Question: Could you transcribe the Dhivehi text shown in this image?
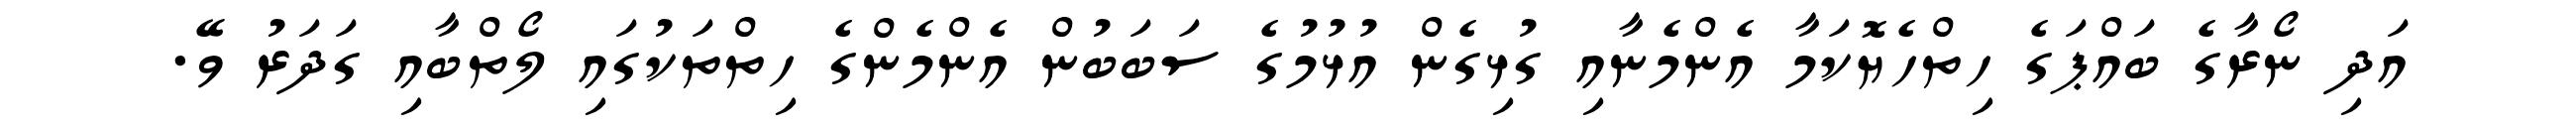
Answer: އަދި ނޯރާގެ ބައްޕަގެ ހިތްހެޔޮކަމާ އެންމެނާއި ގުޅިގެން އުޅުމުގެ ސަބަބުން އެންމެންގެ ހިތްތަކުގައި ލޯތްބާއި ގަދަރު ވޭ.